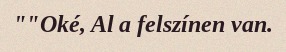
""Oké, Al a felszínen van.